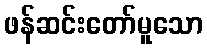
ဖန်ဆင်းတော်မူသော